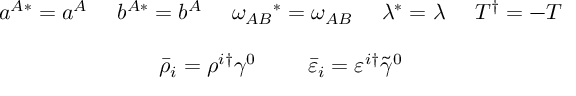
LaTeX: \begin{array} { c } { { a ^ { A * } = a ^ { A } ~ ~ ~ ~ b ^ { A * } = b ^ { A } ~ ~ ~ ~ \omega _ { A B } { } ^ { * } = \omega _ { A B } ~ ~ ~ ~ \lambda ^ { * } = \lambda ~ ~ ~ ~ T ^ { \dagger } = - T } } \\ { { { } } } \\ { { \bar { \rho } _ { i } = \rho ^ { i \dagger } \gamma ^ { 0 } ~ ~ ~ ~ ~ ~ ~ \bar { \varepsilon } _ { i } = \varepsilon ^ { i \dagger } \tilde { \gamma } ^ { 0 } } } \end{array}